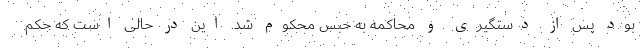
بود پس از دستگیری و محاکمه به حبس محکوم شد. این در حالی است که حکم